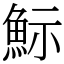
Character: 䱈